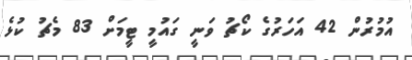
އުމުރުން 42 އަހަރުގެ ކޯޗު ވަނީ ގައުމީ ޓީމަށް 83 މެޗު ކުޅެ